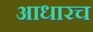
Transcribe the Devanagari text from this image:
आधारच